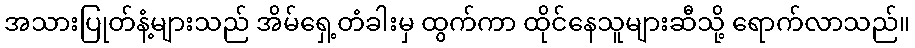
အသားပြုတ်နံ့များသည် အိမ်ရှေ့တံခါးမှ ထွက်ကာ ထိုင်နေသူများဆီသို့ ရောက်လာသည်။